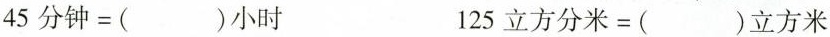
$$4 5 分 钟 = ( ) 小 时$$ $$1 2 5 立 方 分 米 = ( ) 立 方 米$$